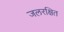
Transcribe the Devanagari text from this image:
जलरक्षित